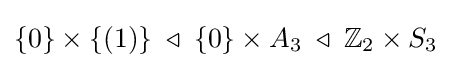
\{0\}\times \{(1)\}\;\triangleleft \;\{0\}\times A_{3}\;\triangleleft \;\mathbb {Z} _{2}\times S_{3}